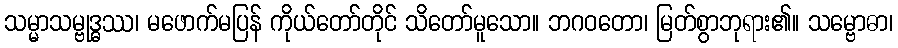
သမ္မာသမ္ဗုဒ္ဓဿ၊ မဖောက်မပြန် ကိုယ်တော်တိုင် သိတော်မူသော။ ဘဂဝတော၊ မြတ်စွာဘုရား၏။ သမ္ဗောဓာ၊